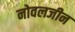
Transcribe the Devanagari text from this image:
नोवलजीन